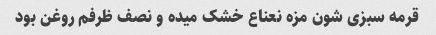
قرمه سبزی شون مزه نعناع خشک میده و نصف ظرفم روغن بود